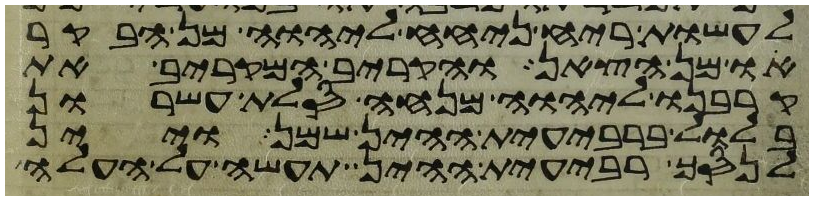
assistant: לעשות ריח ניחח ליהוה מן הבקר
או מן הצאן והקריב המקריב את
קרבנו ליהוה מנחה סלת עשרון
בלול ברבעית ההין שמן ויין
לנסך רבעית ההין תעשה על העלה